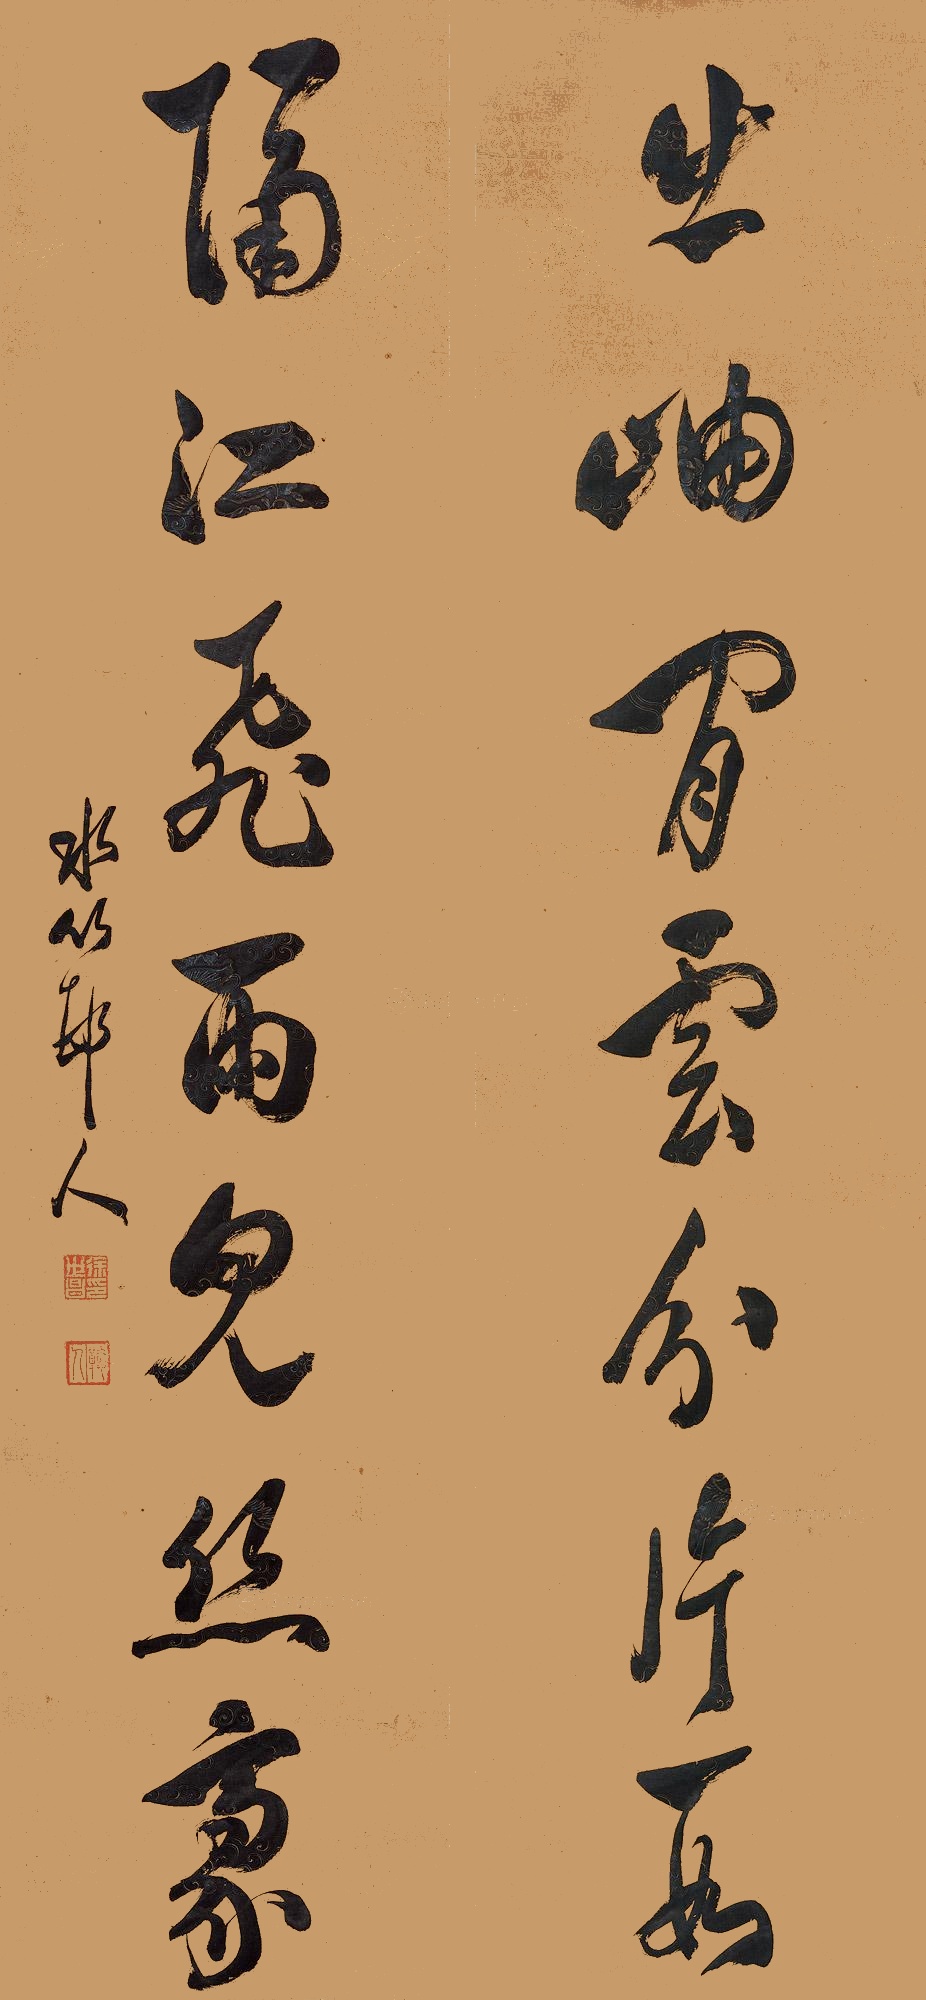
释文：出岫闲云分片段，隔江飞雨见丝毫。水竹邨人。